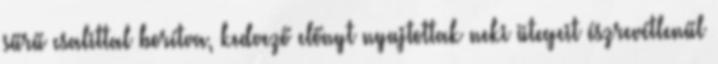
sűrű csalittal borítva, kedvező előnyt nyujtottak neki ütegeit észrevétlenűl